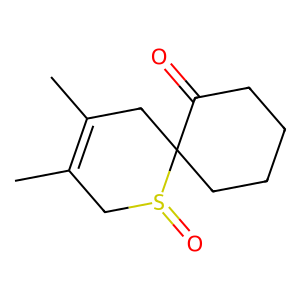
SMILES: CC1=C(C)CC2(CCCCC2=O)S(=O)C1
Inhibits HIV replication: No